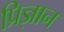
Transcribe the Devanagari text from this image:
प्रिज्ञान